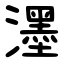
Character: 濹